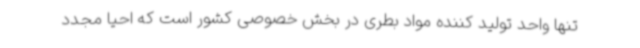
تنها واحد تولید کننده مواد بطری در بخش خصوصی کشور است که احیا مجدد